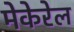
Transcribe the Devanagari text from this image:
मेकेरेल